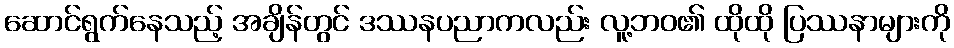
ဆောင်ရွက်နေသည့် အချိန်တွင် ဒဿနပညာကလည်း လူ့ဘဝ၏ ထိုထို ပြဿနာများကို